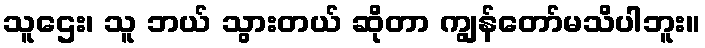
သူဌေး၊ သူ ဘယ် သွားတယ် ဆိုတာ ကျွန်တော်မသိပါဘူး။